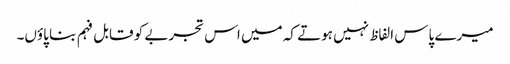
میرے پاس الفاظ نہیں ہوتے کہ میں اس تجربے کو قابل فہم بنا پاؤں۔